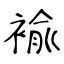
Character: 褕